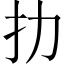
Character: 扐